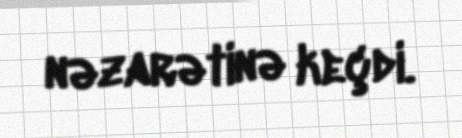
nəzarətinə keçdi.